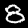
Label: 8